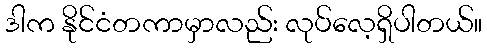
ဒါက နိုင်ငံတကာမှာလည်း လုပ်လေ့ရှိပါတယ်။